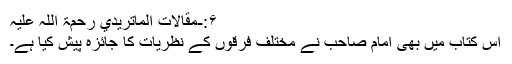
۶:-مقالات الماتریدي رحمۃ اللہ علیہ
اس کتاب میں بھی امام صاحبؒ نے مختلف فرقوں کے نظریات کا جائزہ پیش کیا ہے۔